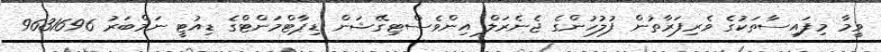
ވީމާ މިފައިސާތަކުގެ ވެރިފަރާތުން ފުލުހުންގެ ޖެނެރަލް އިންވެސްޓިގޭޝަން ޑިޕާޓްމަންޓްގެ ޑިއުޓީ ނަމްބަރު 9631696